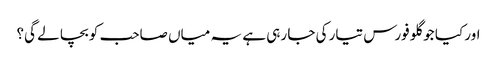
اور کیا جو گلو فورس تیار کی جا رہی ہے یہ میاں صاحب کو بچا لے گی؟